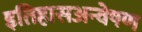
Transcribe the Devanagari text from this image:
इतिहासअन्वेषण